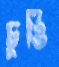
চুঙি